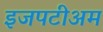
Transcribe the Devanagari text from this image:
इजपटीअम